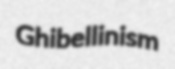
Ghibellinism